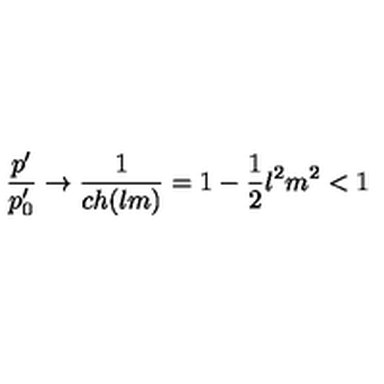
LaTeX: \frac { p ^ { \prime } } { p _ { 0 } ^ { \prime } } \rightarrow \frac { 1 } { c h ( l m ) } = 1 - \frac { 1 } { 2 } l ^ { 2 } m ^ { 2 } < 1